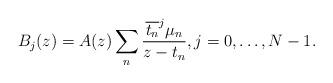
LaTeX: \begin{align*}B_j(z) = A(z)\sum_n \frac{\overline{t_n}^j \mu_n}{z-t_n}, j=0, \dots, N-1.\end{align*}